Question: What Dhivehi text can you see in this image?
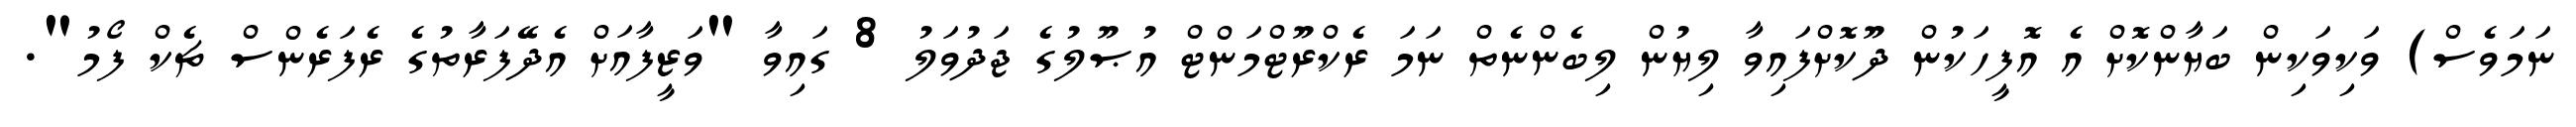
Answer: ނަމަވެސް) ވަކިވަކިން ބަޔާންކޮށް އެ އޮފީހަކުން ދޫކޮށްފައިވާ ލިޔުން ލިބެންނެތް ނަމަ ރެކްރޫޓްމަންޓް އުޞޫލުގެ ޖަދުވަލު 8 ގައިވާ "ވަޒީފާއަށް އެދޭފަރާތުގެ ރެފަރެންސް ޗެކް ފޯމު".